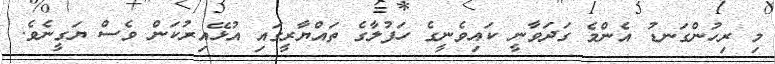
މި ރިހުންގަނޑު އެންމެ ގަދަވާނީ ކައިވެނީގެ ހަފުލާގެ ތައްޔާރީގައި އުޅޭއިރުކަން ވެސް ޔަގީނެވެ.